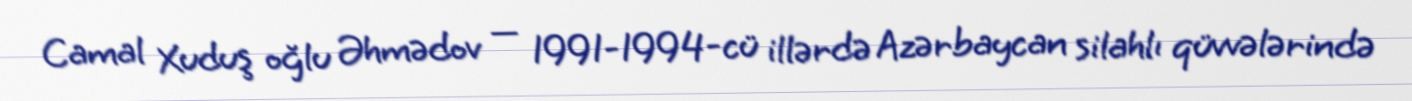
Camal Xuduş oğlu Əhmədov — 1991-1994-cü illərdə Azərbaycan silahlı qüvvələrində